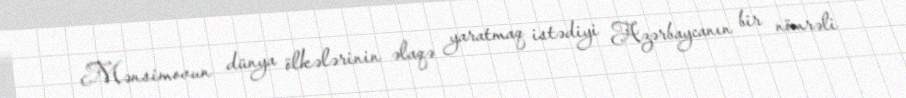
Mənsimovun dünya ölkələrinin əlaqə yaratmaq istədiyi Azərbaycanın bir nömrəli